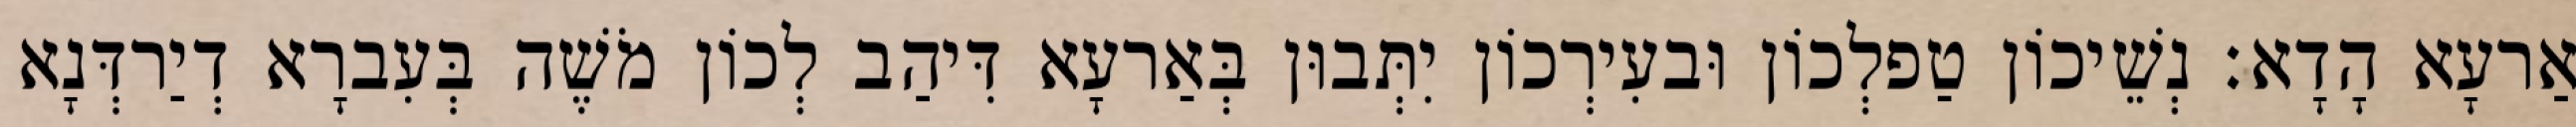
אַרעָא הָדָא׃ נְשֵׁיכוֹן טַפלְכוֹן וּבעִירְכוֹן יִתְּבוּן בְּאַרעָא דִּיהַב לְכוֹן מֹשֶׁה בְּעִברָא דְיַרדְּנָא